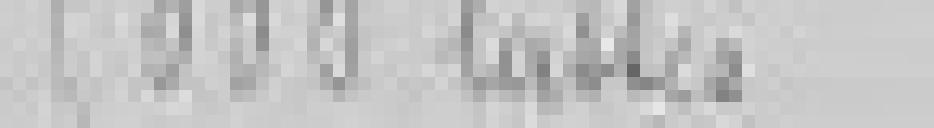
entrée : 5.000 lattes